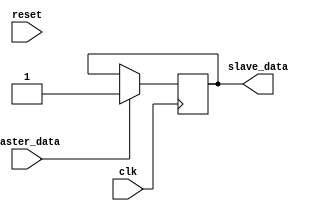
module spi_controller (
    input wire clk,
    input wire reset,
    input wire master_data,
    output wire slave_data
);

// Timing control units
reg clk_div;
always @(posedge clk or posedge reset)
begin
    if (reset)
        clk_div <= 1'b0;
    else
        clk_div <= ~clk_div;
end

// Synchronization blocks
always @(posedge clk)
begin
    if (master_data)
        slave_data <= 1'b1;
end

endmodule